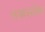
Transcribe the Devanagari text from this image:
पडलोय